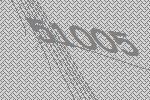
51005